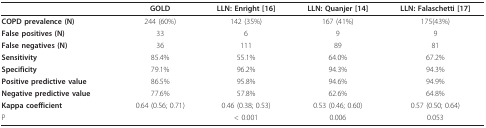
<table><thead><tr><td></td><td><b>GOLD</b></td><td><b>LLN: Enright [16]</b></td><td><b>LLN: Quanjer [14]</b></td><td><b>LLN: Falaschetti [17]</b></td></tr></thead><tbody><tr><td><b>COPD prevalence (N)</b></td><td>244 (60%)</td><td>142 (35%)</td><td>167 (41%)</td><td>175(43%)</td></tr><tr><td><b>False positives (N)</b></td><td>33</td><td>6</td><td>9</td><td>9</td></tr><tr><td><b>False negatives (N)</b></td><td>36</td><td>111</td><td>89</td><td>81</td></tr><tr><td><b>Sensitivity</b></td><td>85.4%</td><td>55.1%</td><td>64.0%</td><td>67.2%</td></tr><tr><td><b>Specificity</b></td><td>79.1%</td><td>96.2%</td><td>94.3%</td><td>94.3%</td></tr><tr><td><b>Positive predictive value</b></td><td>86.5%</td><td>95.8%</td><td>94.6%</td><td>94.9%</td></tr><tr><td><b>Negative predictive value</b></td><td>77.6%</td><td>57.8%</td><td>62.6%</td><td>64.8%</td></tr><tr><td><b>Kappa coefficient</b></td><td>0.64 (0.56; 0.71)</td><td>0.46 (0.38; 0.53)</td><td>0.53 (0.46; 0.60)</td><td>0.57 (0.50; 0.64)</td></tr><tr><td>P</td><td></td><td>&lt; 0.001</td><td>0.006</td><td>0.053</td></tr></tbody></table>